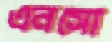
এনসো